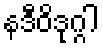
နဒီဝိဒုဂ္ဂါ